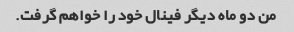
من دو ماه دیگر فینال خود را خواهم گرفت.